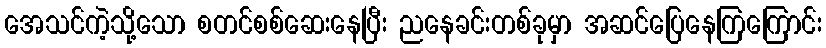
အေသင်ကဲ့သို့သော စတင်စစ်ဆေးနေပြီး ညနေခင်းတစ်ခုမှာ အဆင်ပြေနေကြကြောင်း